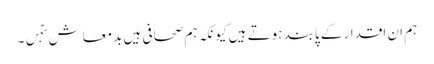
ہم ان اقدار کے پابند ہوتے ہیں کیونکہ ہم صحافی ہیں بدمعاش نہٰں۔